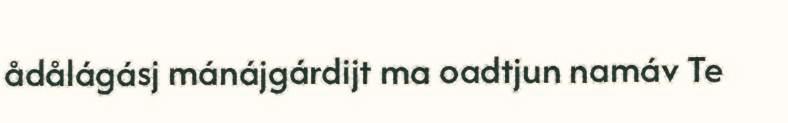
ådålágásj mánájgárdijt ma oadtjun namáv Te